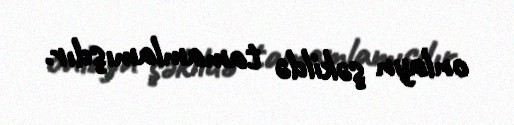
onlayn şəkildə tamamlamışdır.